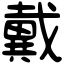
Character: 戴